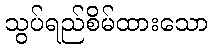
သွပ်ရည်စိမ်ထားသော